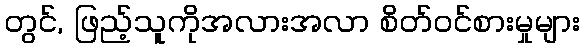
တွင်, ဖြည့်သူကိုအလားအလာ စိတ်ဝင်စားမှုများ